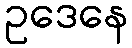
ဥဒေနေ